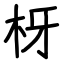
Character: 枒